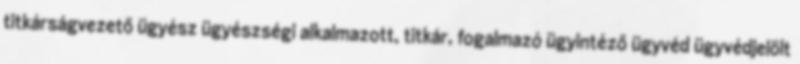
titkárságvezető ügyész ügyészségi alkalmazott, titkár, fogalmazó ügyintéző ügyvéd ügyvédjelölt